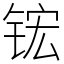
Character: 𬭎